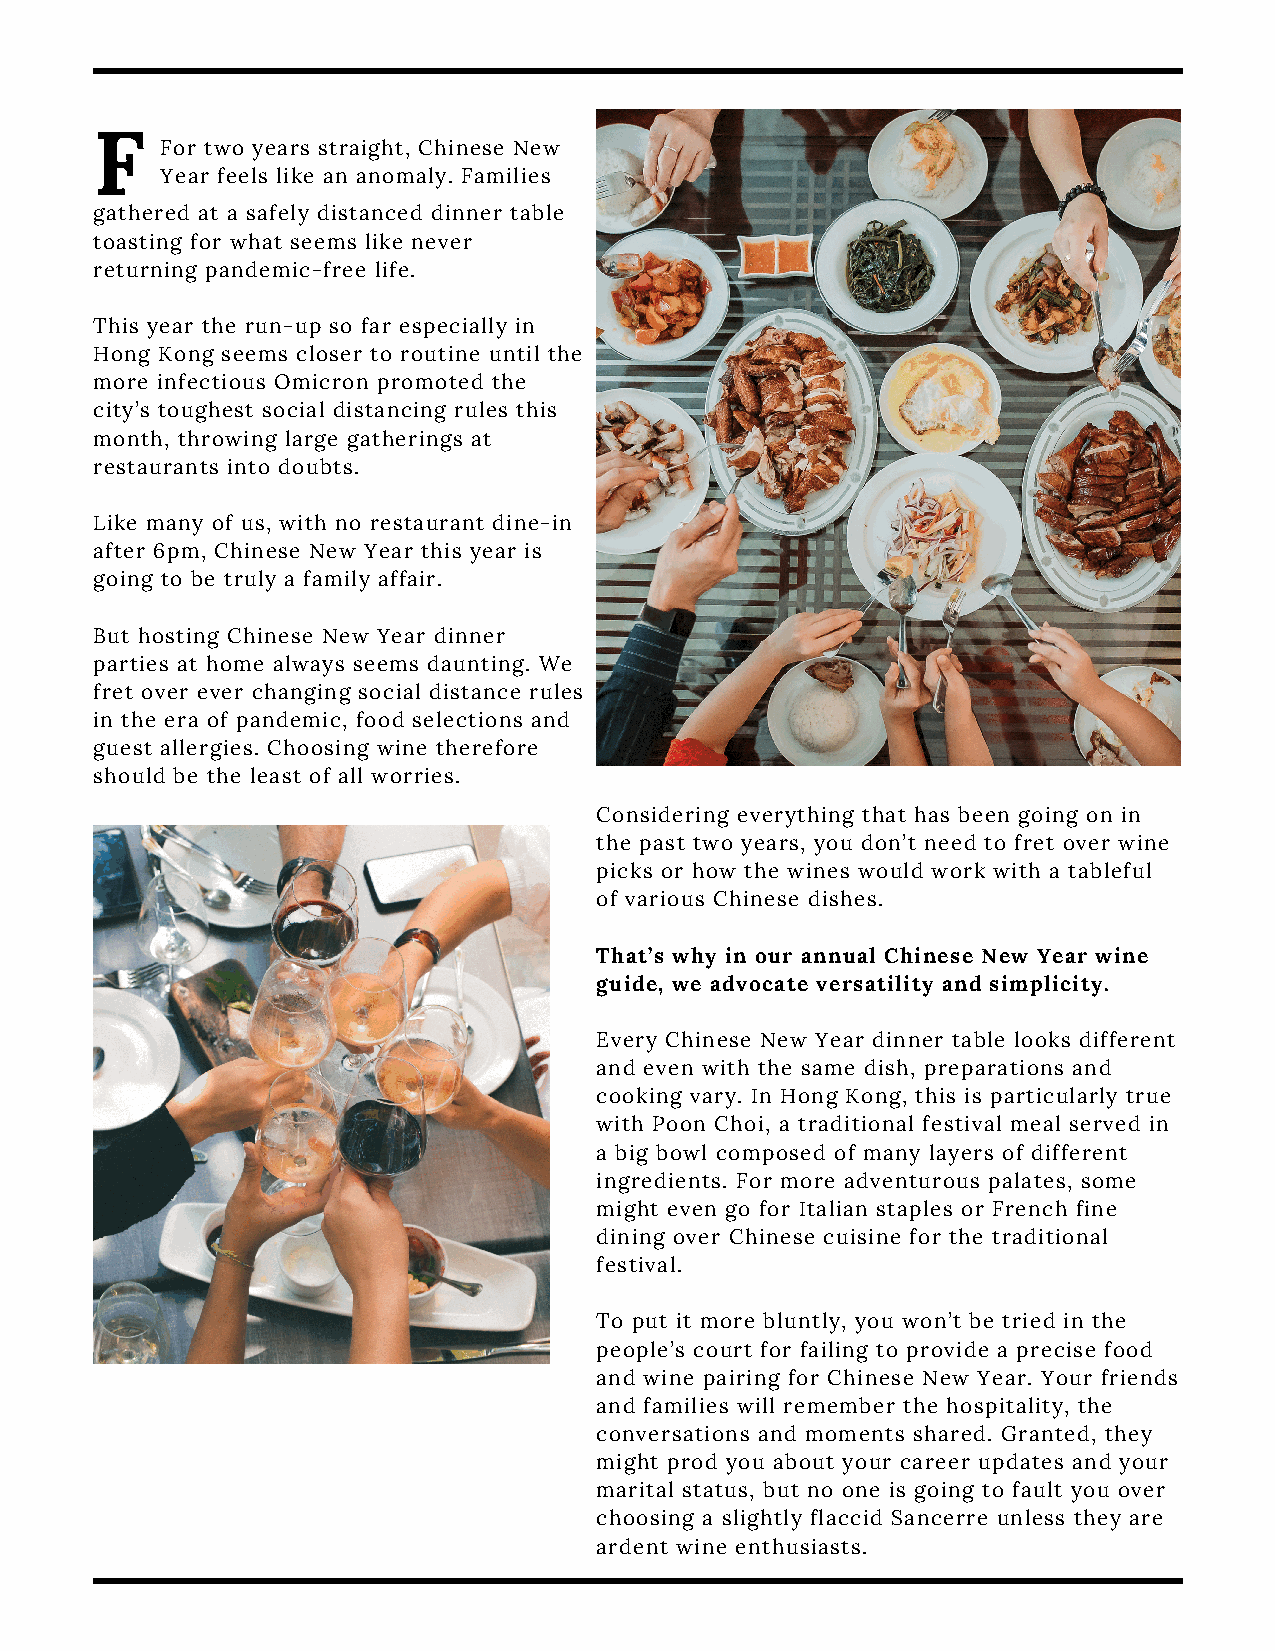
F
 For two years straight, Chinese New
 Year feels like an anomaly. Families
 gathered at a safely distanced dinner table
 toasting for what seems like never
 returning pandemic-free life.
 This year the run-up so far especially in
 Hong Kong seems closer to routine until the
 more infectious Omicron promoted the
 city’s toughest social distancing rules this
 month, throwing large gatherings at
 restaurants into doubts.
 Like many of us, with no restaurant dine-in
 after 6pm, Chinese New Year this year is
 going to be truly a family affair.
 But hosting Chinese New Year dinner
 parties at home always seems daunting. We
 fret over ever changing social distance rules
 in the era of pandemic, food selections and
 guest allergies. Choosing wine therefore
 should be the least of all worries.
 Considering everything that has been going on in
 the past two years, you don’t need to fret over wine
 picks or how the wines would work with a tableful
 of various Chinese dishes.
 That’s why in our annual Chinese New Year wine
 guide, we advocate versatility and simplicity.
 Every Chinese New Year dinner table looks different
 and even with the same dish, preparations and
 cooking vary. In Hong Kong, this is particularly true
 with Poon Choi, a traditional festival meal served in
 a big bowl composed of many layers of different
 ingredients. For more adventurous palates, some
 might even go for Italian staples or French fine
 dining over Chinese cuisine for the traditional
 festival.
 To put it more bluntly, you won’t be tried in the
 people’s court for failing to provide a precise food
 and wine pairing for Chinese New Year. Your friends
 and families will remember the hospitality, the
 conversations and moments shared. Granted, they
 might prod you about your career updates and your
 marital status, but no one is going to fault you over
 choosing a slightly flaccid Sancerre unless they are
 ardent wine enthusiasts.